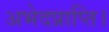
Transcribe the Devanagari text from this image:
अभेदप्राप्ति।